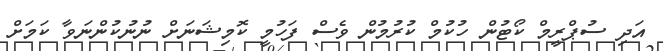
އަދި ސުޕްރީމް ކޯޓުން ހުކުމް ކުރުމުން ވެސް ފަހުމީ ކޮމިޝަނަށް ނުނުކުންނަވާ ކަމަށް